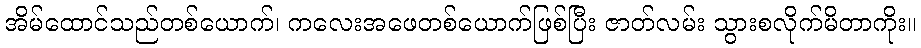
အိမ်ထောင်သည်တစ်ယောက်၊ ကလေးအဖေတစ်ယောက်ဖြစ်ပြီး ဇာတ်လမ်း သွားစလိုက်မိတာကိုး။